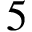
5